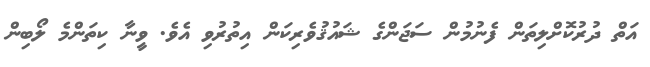
އަތް ދުރުކޮށްލިތަން ފެނުމުން ސަޖަންގެ ޝައުޤުވެރިކަން އިތުރުވި އެވެ. ވީނާ ކިތަންމެ ލޯބިން